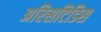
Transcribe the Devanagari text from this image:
अरिसटिडिस